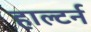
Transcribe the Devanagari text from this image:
हाल्टर्न